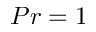
P r = 1